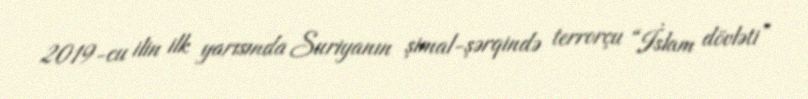
2019-cu ilin ilk yarısında Suriyanın şimal-şərqində terrorçu “İslam dövləti”